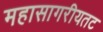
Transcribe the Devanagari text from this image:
महासागरीयतट